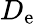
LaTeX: D_{\mathrm{e}}